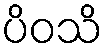
ပိဝသိ